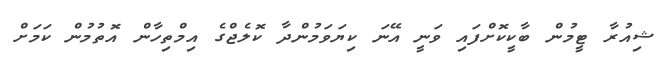
ޝިއުރާ ޓީމުން ބާކީކޮށްފައި ވަނީ އޭނަ ކިޔަވަމުންދާ ކޮލެޖްގެ އިމްތިހާން އޮތުމުން ކަމަށް